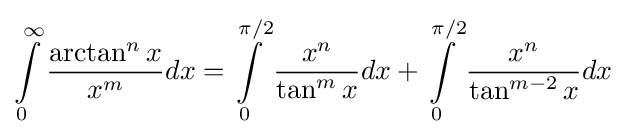
\int \limits _{0}^{\infty }{\frac {\arctan ^{n}x}{x^{m}}}dx=\int \limits _{0}^{\pi /2}{\frac {x^{n}}{\tan ^{m}x}}dx+\int \limits _{0}^{\pi /2}{\frac {x^{n}}{\tan ^{m-2}x}}dx